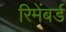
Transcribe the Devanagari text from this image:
रिमेंबर्ड